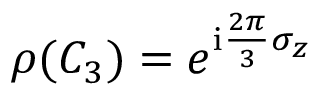
\rho ( C _ { 3 } ) = e ^ { \mathrm { i } \frac { 2 \pi } { 3 } \sigma _ { z } }